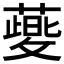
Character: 𬞯